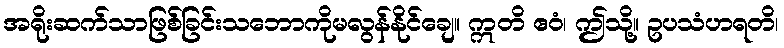
အရိုးဆက်သာဖြစ်ခြင်းသဘောကိုမလွန်နိုင်ချေ။ ဣတိ ဧဝံ၊ ဤသို့။ ဥပသံဟရတိ၊